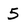
Character: 5